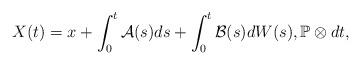
LaTeX: \begin{align*}X(t) = x + \int_0^t \mathcal{A}(s) ds + \int_0^t \mathcal{B}(s) dW(s) , \mathbb{P}\otimes dt ,\end{align*}